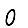
Digit: 0